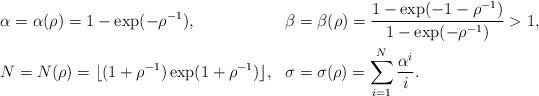
LaTeX: \begin{align*}&\alpha = \alpha(\rho) = 1 - \exp( - \rho^{-1}),&&\beta = \beta(\rho) = \frac{ 1 - \exp( -1 - \rho^{-1}) }{ 1 - \exp( - \rho^{-1}) } > 1, \\&N = N(\rho) = \lfloor (1 + \rho^{-1})\exp(1 + \rho^{-1}) \rfloor,&&\sigma = \sigma(\rho) = \sum_{i=1}^N \frac{\alpha^i}{i}.\end{align*}